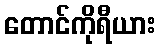
တောင်ကိုရီယား